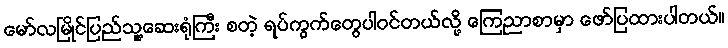
မော်လမြိုင်ပြည်သူ့ဆေးရုံကြီး စတဲ့ ရပ်ကွက်တွေပါဝင်တယ်လို့ ကြေညာစာမှာ ဖော်ပြထားပါတယ်။